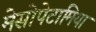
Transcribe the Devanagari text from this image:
मेसोपेटामिया